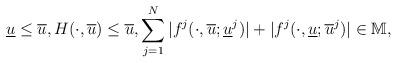
LaTeX: \begin{align*}\underline{u}\le \overline{u},H(\cdot,\overline{u})\le \overline{u},\sum_{j=1}^{N}|f^j(\cdot,\overline{u};\underline{u}^j)|+|f^j(\cdot,\underline{u};\overline{u}^j)|\in\mathbb{M},\end{align*}